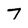
Character: 7